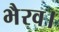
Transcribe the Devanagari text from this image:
भैरव।